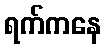
ရက်ကနေ